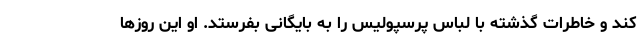
کند و خاطرات گذشته با لباس پرسپولیس را به بایگانی بفرستد. او این روزها